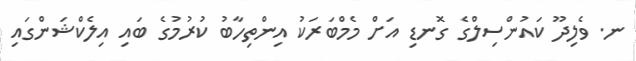
ނ. ވެލިދޫ ކައުންސިލްގެ ގޮނޑި އަށް މެމްބަރަކު އިންތިހާބު ކުރުމުގެ ބައި އިލެކްޝަންގައި